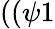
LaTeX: ((\psi 1